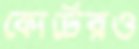
কোর্টেরও